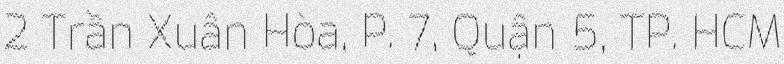
2 Trần Xuân Hòa, P. 7, Quận 5, TP. HCM